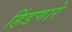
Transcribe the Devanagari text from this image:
हिंडणारे